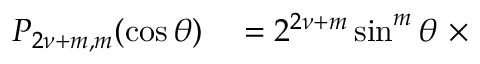
\begin{array} { r l } { P _ { 2 { \nu } + m , m } ( \cos \theta ) } & { { } = 2 ^ { 2 { \nu } + m } \sin ^ { m } \theta \ \times } \end{array}